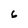
Character: 6